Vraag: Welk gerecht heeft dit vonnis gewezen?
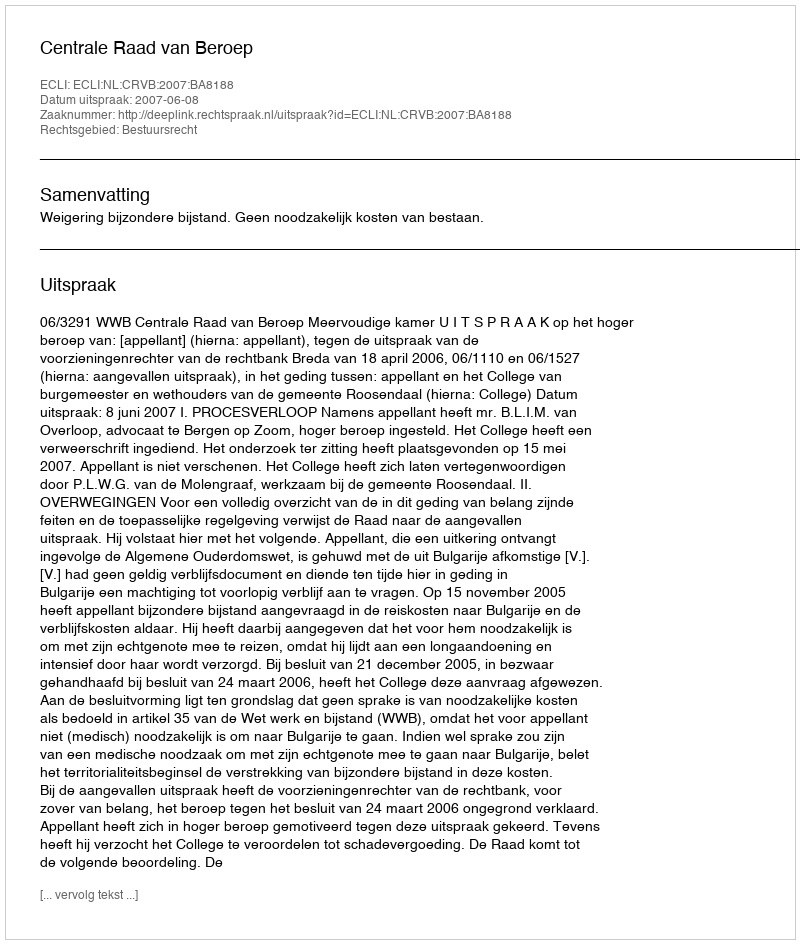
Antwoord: Centrale Raad van Beroep